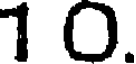
10.